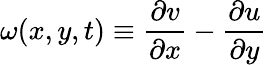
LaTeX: \omega(x,y,t)\equiv\frac{\partial v}{\partial x}-\frac{\partial u}{\partial y}